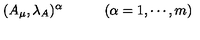
( A _ { \mu } , \lambda _ { A } ) ^ { \alpha } \qquad \quad ( \alpha = 1 , \cdots , m )